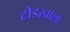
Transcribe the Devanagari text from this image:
टोडरवाला